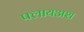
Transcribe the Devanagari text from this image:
फ्लायअश